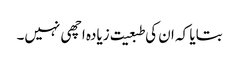
بتایا کہ ان کی طبعیت زیادہ اچھی نہیں۔